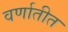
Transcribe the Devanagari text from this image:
वर्णातीत